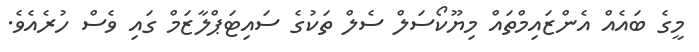
މީގެ ބައެއް އެންޒައިމްތައް މިޔޫކޯސަލް ސެލް ތަކުގެ ސައިޓަޕްލާޒަމް ގައި ވެސް ހުރެއެވެ.